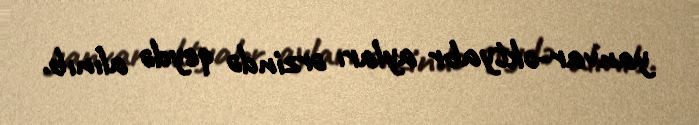
yanvar-oktyabr ayları ərzində qeydə alınıb.